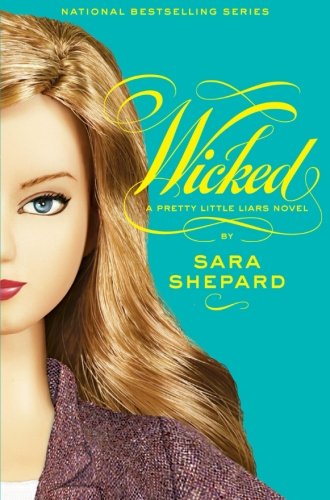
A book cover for Wicked (Pretty Little Liars, Book 5); Sara Shepard; Teen & Young Adult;